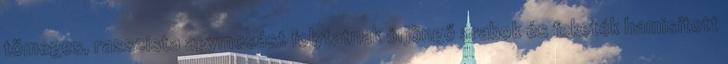
tömeges, rasszista agymosást folytatnak őrjöngő arabok és feketék hamisított